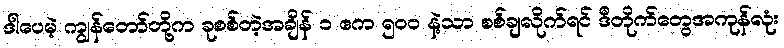
ဒါပေမဲ့ ကျွန်တော်တို့က ခုစစ်တဲ့အချိန် ၁ ဧက ၅၀၀ နဲ့သာ စစ်ချလိုက်ရင် ဒီတိုက်တွေအကုန်လုံး